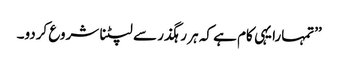
’’تمہارا یہی کام ہے کہ ہر رہگذر سے لپٹنا شروع کردو۔